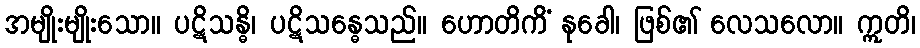
အမျိုးမျိုးသော။ ပဋိသန္ဓိ၊ ပဋိသန္ဓေသည်။ ဟောတိကိံ နုခေါ၊ ဖြစ်၏ လေသလော။ ဣတိ၊